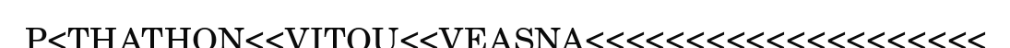
P<THATHON<<VITOU<<VEASNA<<<<<<<<<<<<<<<<<<<<